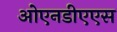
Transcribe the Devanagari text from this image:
ओएनडीएएस